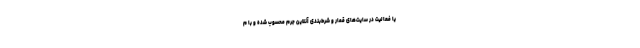
یا فعالیت در سایت‌های قمار و شرط‌بندی آنلاین جرم محسوب شده و با م